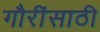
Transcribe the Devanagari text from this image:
गौरींसाठी